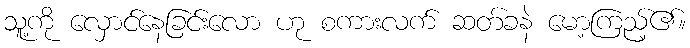
သူ့ကို လှောင်နေခြင်းလော ဟု စကားလက် ဆတ်ခနဲ မော့ကြည့်၏။